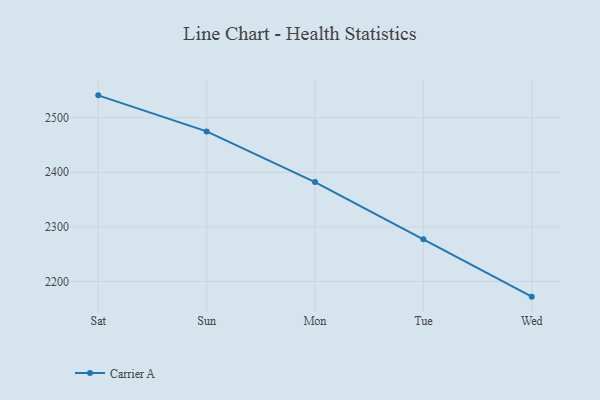
{"axis": {"x": "Day", "y": "Population (Million)"}, "legend": ["Carrier A"], "data": [{"x": "Sat", "y": 2540.8, "type": "Carrier A"}, {"x": "Sun", "y": 2474.8, "type": "Carrier A"}, {"x": "Mon", "y": 2382.0, "type": "Carrier A"}, {"x": "Tue", "y": 2277.5, "type": "Carrier A"}, {"x": "Wed", "y": 2172.4, "type": "Carrier A"}]}